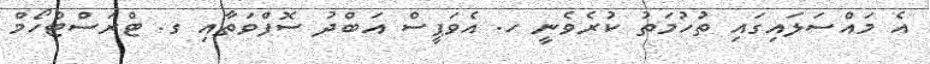
އެ މައްސަލައިގައި ތުހުމަތު ކުރެވެނީ ހ. އެވަޕީސް އަބްދު ސޮފްވަތާއި ގ. ޓްރަސްޓްހޯމް